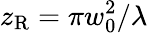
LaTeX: z_{\mathrm{R}}=\pi w_{0}^{2}/\lambda